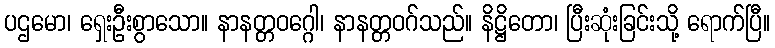
ပဌမော၊ ရှေးဦးစွာသော။ နာနတ္တဝဂ္ဂေါ၊ နာနတ္တဝဂ်သည်။ နိဋ္ဌိတော၊ ပြီးဆုံးခြင်းသို့ ရောက်ပြီ။